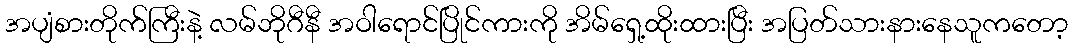
အပျံစားတိုက်ကြီးနဲ့ လမ်ဘိုဂီနီ အဝါရောင်ပြိုင်ကားကို အိမ်ရှေ့ထိုးထားပြီး အပြတ်သားနားနေသူကတော့